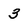
Character: 3